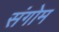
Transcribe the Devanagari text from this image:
संगोम